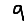
Digit: 9